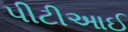
પીટીઆઈ